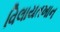
વિલાયતખાન